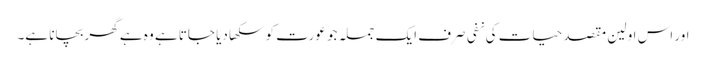
اور اس اولین مقصد حیات کی نفی صرف ایک جملہ جو عورت کو سکھا دیا جاتا ہے وہ ہے گھر بچانا ہے۔